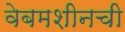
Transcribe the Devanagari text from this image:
वेबमशीनची